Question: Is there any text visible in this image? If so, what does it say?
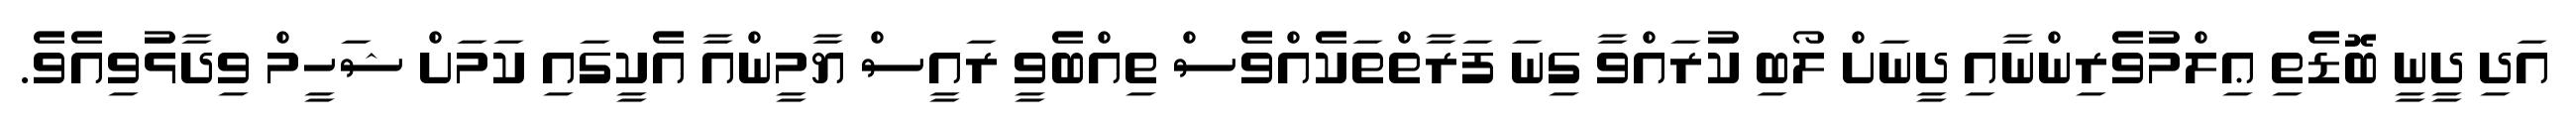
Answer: އަދި ދީނީ ބޮޑެތި ޢިލްމުވެރިންނާއި ދީނަށް ލޯބި ކުރައްވާ ގިނަ ފަރާތްތަކެއްވެސް ތިއްބެވީ ރައީސް ޔާމީންއާ އެކީގައި ކަމަށް ޝަހީމް ވިދާޅުވިއެވެ.